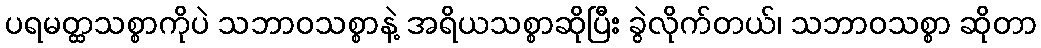
ပရမတ္ထသစ္စာကိုပဲ သဘာဝသစ္စာနဲ့ အရိယသစ္စာဆိုပြီး ခွဲလိုက်တယ်၊ သဘာဝသစ္စာ ဆိုတာ